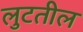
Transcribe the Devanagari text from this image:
लुटतील